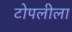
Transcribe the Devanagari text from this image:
टोपलीला